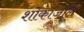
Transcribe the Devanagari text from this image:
शोकांजलि